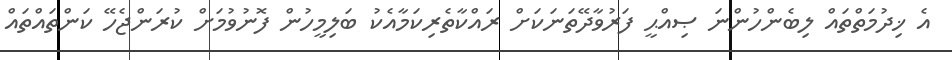
އެ ޚިދުމަތްތައް ލިބެންހުންނަ ޞިއްޙީ ފަރުވާދޭތަނަކަށް ރައްކާތެރިކަމާއެކު ބަލިމީހުން ފޮނުވުމަށް ކުރަންޖެހޭ ކަންތައްތައް